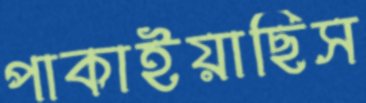
পাকাইয়াছিস